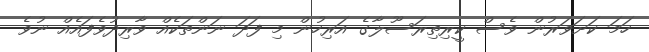
ހަމަ ކަށަވަރުން ވެސް ކީރިތިރަސޫލާގެ އަރިހުން މި ފަދަ ނަންތަކެއް ވާރިދުވެފައެއް ނުވެ